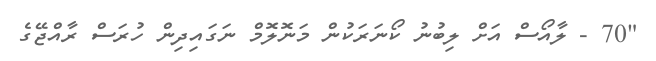
"70 - ލާއޯސް އަށް ލިބުނު ކޯނަރަކުން މަނޮލޮމް ނަގައިދިން ހުރަސް ރާއްޖޭގެ